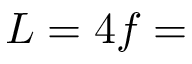
L = 4 f =